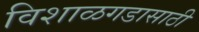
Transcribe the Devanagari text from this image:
विशाळगडासाठी